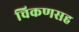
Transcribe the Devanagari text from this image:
चिकणसह